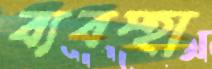
ব্যবস্হা